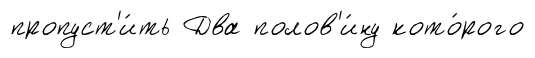
пропуст'и́ть Два полов'и́ну кото́рого